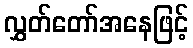
လွှတ်တော်အနေဖြင့်